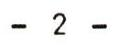
- 2 -